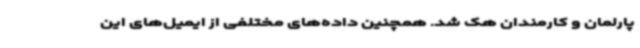
پارلمان و کارمندان هک شد. همچنین داده‌های مختلفی از ایمیل‌های این